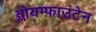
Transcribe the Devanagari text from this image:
ब्लोयम्फ़ाउंटेन